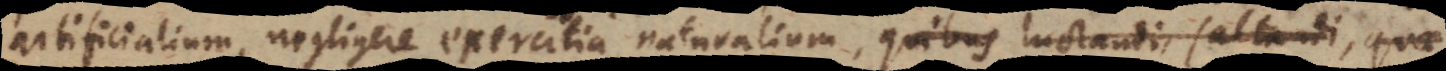
artificialium, negligere exercitia naturalium, quibus, luctandi, saltandi,